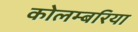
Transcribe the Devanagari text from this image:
कोलम्बरिया